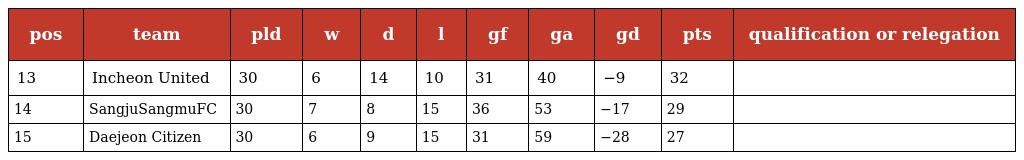
| pos | team | pld | w | d | l | gf | ga | gd | pts | qualification or relegation |
 | --- | --- | --- | --- | --- | --- | --- | --- | --- | --- | --- |
 | 13 | Incheon United | 30 | 6 | 14 | 10 | 31 | 40 | −9 | 32 |  |
 | 14 | SangjuSangmuFC | 30 | 7 | 8 | 15 | 36 | 53 | −17 | 29 |  |
 | 15 | Daejeon Citizen | 30 | 6 | 9 | 15 | 31 | 59 | −28 | 27 |  |